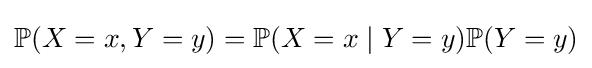
\mathbb {P} (X=x,Y=y)=\mathbb {P} (X=x\mid Y=y)\mathbb {P} (Y=y)